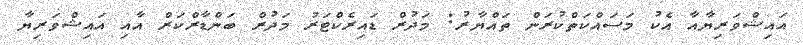
އައިޝްވަރިޔާއާ އެކު މަސައްކަތްކުރަން ތައްޔާރު: މަދުރް ޑައިރެކްޓަރު މަދުރް ބަންޑާރްކަރް އާއި އައިޝްވަރިޔާ